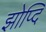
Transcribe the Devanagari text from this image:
झोप्दि